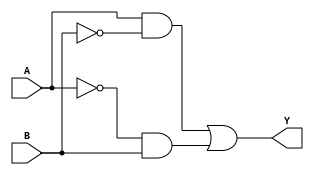
module XOR_gate (
    input wire A,
    input wire B,
    output reg Y
);

always @(*) begin
    Y = (A & ~B) | (~A & B);
end

endmodule